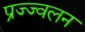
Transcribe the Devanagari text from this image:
प्रज्ज्वलन